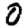
Digit: 0